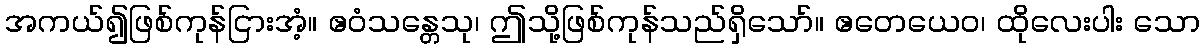
အကယ်၍ဖြစ်ကုန်ငြားအံ့။ ဧဝံသန္တေသု၊ ဤသို့ဖြစ်ကုန်သည်ရှိသော်။ ဧတေယေဝ၊ ထိုလေးပါး သော